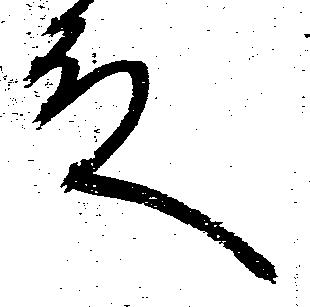
殿